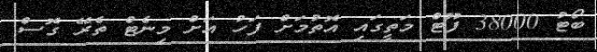
ބޯޓު 38000 ފޫޓް މަތީގައި އޮތުމަށް ފަހު އަށް މިނެޓް ތެރޭ ގޮސް